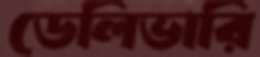
ডেলিভারি